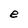
Character: e